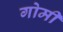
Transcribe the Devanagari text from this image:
गोमी